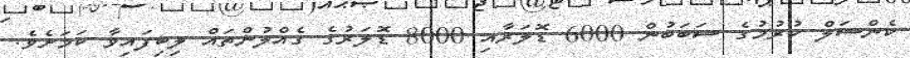
ކެންސަލް ކުރުމުގެ ސަބަބުން 6000 ޑޮލަރާއި 8000 ޑޮލަރުގެ ގެއްލުންތައް ލިބިފައިވާ ކަމަށެވެ.